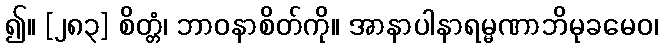
၍။ [၂၈၃] စိတ္တံ၊ ဘာဝနာစိတ်ကို။ အာနာပါနာရမ္မဏာဘိမုခမေဝ၊